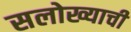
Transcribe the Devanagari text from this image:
सलोख्याची